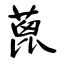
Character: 蓖